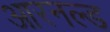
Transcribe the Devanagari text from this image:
आरनल्‍ड